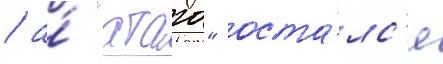
/ а́ "атаго" оста́лс'я